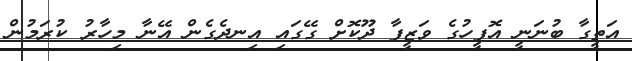
އަތީގާ ބުނަނީ އޮފީހުގެ ވަޒީފާ ދޫކޮށް ގޭގައި އިނދެގެން އޭނާ މިހާރު ކުރަމުން